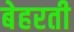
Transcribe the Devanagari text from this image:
बेहरती